Lunatic asylums Bombay report 1891-1903 - 1891-1903
Year: 1891
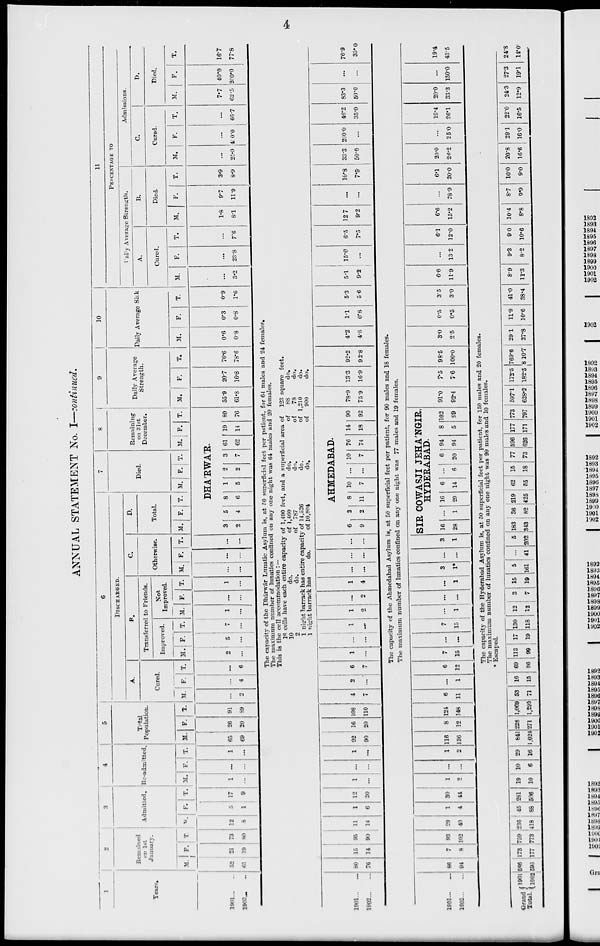
4
ANNUAL STATEMENT No. I—continued.
1
Years.
1901 ... ...
1902 ... ...
2
Remained
on 1st
January.
M.
52
61
F.
21
19
T.
73
80
3
Admitted.
M.
12
8
F.
5
1
T.
17
9
4
Re-admitted.
M.
1
...
F.
...
...
T.
1
...
5
Total
Population.
M.
65
69
F.
26
20
T.
91
89
6
DISCHARGED.
A.
Cured.
M.
...
2
F.
...
4
T.
...
6
B.
Transferred to Friends.
Improved.
M.
2
...
F.
5
...
T.
7
...
Not
Improved.
M.
1
...
F.
...
...
T.
1
...
C.
Otherwise.
M.
...
...
F.
...
...
T.
...
...
D.
Total.
M. F. T.
7
Died.
M. F. T.
8
Remaining
on 31st
December.
M. F. T.
DHA'RWA'R.
3
2
5
4
8
6
1
5
2
2
3
7
61
62
19
14
80
76
9
Daily Average
Strength.
M.
55.9
61.8
F.
20.7
16.8
T.
76.6
78.6
10
Daily Average Sick
M.
0.6
0.8
F.
0.3
0.8
T.
0.9
1.6
11
PERCENTAGE TO
Daily Average Strength.
A.
Cured.
M.
...
3.2
F.
...
23.8
T.
...
7.6
B.
Died.
M.
1.8
8.1
F.
9.7
11.9
T.
3.9
8.9
Admissions.
C.
Cured.
M.
...
25.0
F.
...
430.0
T.
...
66.7
D.
Died.
M.
7.7
62.5
F.
40.0
200.0
T.
16.7
77.8
The capacity of the Dhárwár Lunatic Asylum is, at 50 superficial feet per patient, for 64 males and 24 females.
The maximum number of lunatics confined on any one night was 64 males and 20 females.
This is the cell accommodation : —
18 cells have each entire capacity of 1,490 feet, and a superficial area of 123 square feet.
10 do. of 1,460 do. of 88 do.
2 do. of 787 do. of 78 do.
1 night barrack has entire capacity of 14,526 do. of 1,210 do.
1 night barrack has do. of 10,804 do. of 900 do.
1901 ... ...
1902 ... ...
80
76
15
14
95
90
11
14
1
6
12
20
1
...
...
...
1
...
92
90
16
20
108
110
4
7
2
...
6
7
1
...
...
...
1
...
1
2
...
2
1
4
...
...
...
...
...
...
AHMEDABAD.
6
9
2
2
8
11
10
7
...
...
10
7
76
74
14
18
90
92
78.9
75.9
13.3
16.9
92.2
92.8
4.2
4.8
The capacity of the Ahmedabad Asylum is, at 50 superficial feet per patient, for 90 males and 18 females.
The maximum number of lunatics confined on any one night was 77 males and 19 females.
1901 ... ...
1902 ... ...
86
94
7
8
93
l02
29
40
1
4
30
44
1
2
...
...
1
2
116
136
8
12
124
148
6
11
...
1
6
12
7
15
...
...
7
15
...
1
...
...
...
1
3
1*
...
...
3
1
SIR COWASJI JEHÁNGIR,
HYDERABAD.
16
28
...
1
16
29
6
14
...
6
6
20
94
94
8
5
102
99
91.0
92.4
7.5
7.6
98.5
100.0
3.0
2.5
The capacity of the Hyderabad Asylum is, at 50 superficial feet per patient, for 150 males and 20 females.
The maximum number of lunatics confined on any one night was 99 males and 10 females.
* Escaped.
Grand
Total.
1901
1902
586
596
173
177
759
773
236
416
45
88
281
506
19
10
10
6
29
16
841
1,024
228
271
1,069
1,295
53
71
16
15
69
86
113
99
17
19
130
118
12
12
3
7
15
19
5
161
...
41
5
202
183
343
36
82
219
425
62
55
15
18
77
73
596
626
177
171
773
797
597.1
628.2
172.5
182.5
769.6
810.7
29.1
27.8
1.1
0.8
0.5
0.5
11.9
10.6
5.3
5.6
3.5
3.0
41.0
38.4
5.1
9.2
6.6
11.9
8.9
11.3
15.0
...
...
13.2
9.3
8.2
6.5
7.5
6.1
12.0
9.0
10.6
12.7
9.2
6.6
15.2
10.4
8.8
...
...
...
78.9
8.7
9.9
10.8
7.5
6.1
20.0
10.0
9.0
33.3
50.0
20.0
26.2
20.8
16.6
200.0
...
...
25.0
29.1
16.0
46.2
35.0
19.4
26.1
22.0
16.5
83.3
50.0
20.0
33.3
24.3
12.9
...
...
...
150.0
27.3
19.1
76.9
35.0
19.4
43.5
24.8
14.0